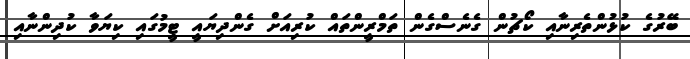
ބޭރުގެ ކުޅުންތެރިނާއި ކޯޗުން ގެނެސްގެން ތަމްރީންތައް ކުރިއަށް ގެންދިޔައީ ޓީމުގައި ކިޔަވާ ކުދިންނާއި